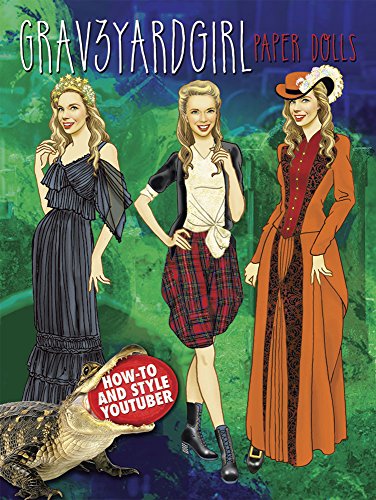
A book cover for Grav3yardGirl Paper Dolls (Dover Paper Dolls); Bunny Meyer; Humor & Entertainment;